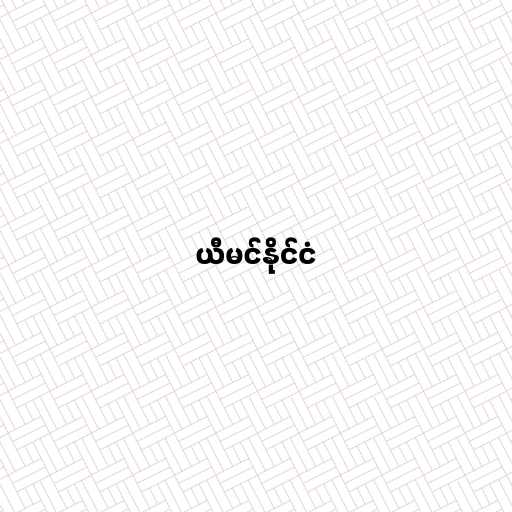
ယီမင်နိုင်ငံ